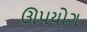
ઊપયોગ